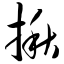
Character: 揪